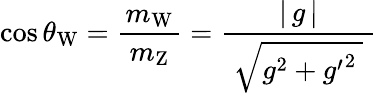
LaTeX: \cos\theta_{\mathrm{W}}={\frac{m_{\mathrm{W}}}{\ m_{\mathrm{Z}}\ }}={\frac{\left|\, g\, \right|}{\ {\sqrt{g^{2}+{g^{\prime}}^{2}\ }}\ }}